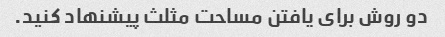
دو روش برای یافتن مساحت مثلث پیشنهاد کنید.